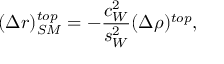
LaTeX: ( \Delta r ) _ { S M } ^ { t o p } = - \frac { c _ { W } ^ { 2 } } { s _ { W } ^ { 2 } } ( \Delta \rho ) ^ { t o p } ,